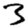
Digit: 3